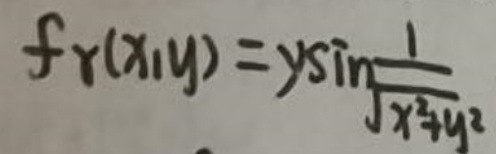
$f_y(x,y)=y\sin\frac{1}{\sqrt{x^2+y^2}}$